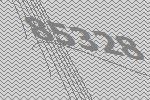
85328